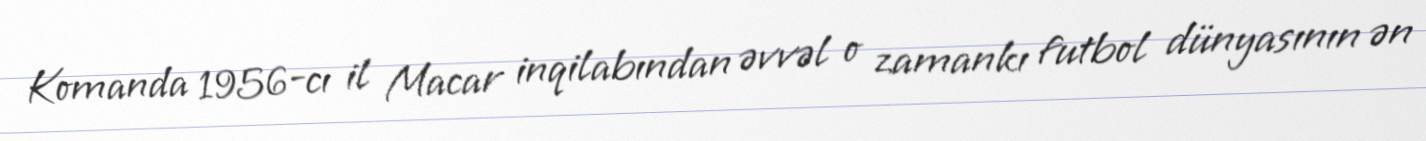
Komanda 1956-cı il Macar inqilabından əvvəl o zamankı futbol dünyasının ən